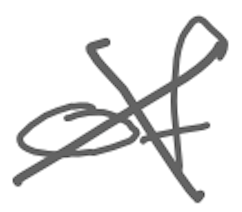
Text: of
Cross-out: cross
Writing tool: digital_gray